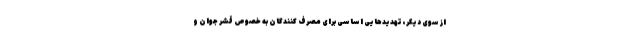
از سوی دیگر، تهدیدهایی اساسی برای مصرف کنندگان به خصوص قشر جوان و